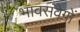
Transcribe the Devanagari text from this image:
भावसंवेगों